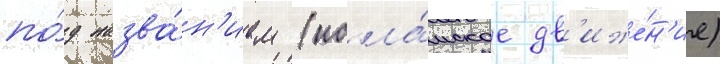
по́д назва́н'ием (исла́мское дв'иже́н'ие)